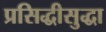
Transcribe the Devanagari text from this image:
प्रसिद्धीसुद्धा